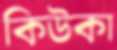
কিউকা